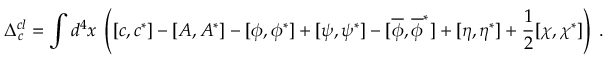
\Delta _ { c } ^ { c l } = \int d ^ { 4 } x \; \left( [ c , c ^ { * } ] - [ A , A ^ { * } ] - [ \phi , \phi ^ { * } ] + [ \psi , \psi ^ { * } ] - [ \overline { { { \phi } } } , \overline { { { \phi } } } ^ { * } ] + [ \eta , \eta ^ { * } ] + \frac 1 2 [ \chi , \chi ^ { * } ] \right) \; .